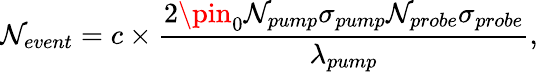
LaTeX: \mathcal{N}_{event}=c\times\frac{{2\pin_{0}\mathcal{N}_{pump}\sigma_{pump}\mathcal{N}_{probe}\sigma_{probe}}}{{\lambda_{pump}}},